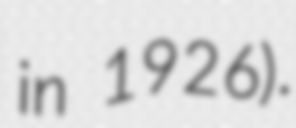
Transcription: in 1926).